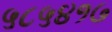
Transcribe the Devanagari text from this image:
५८५४१७